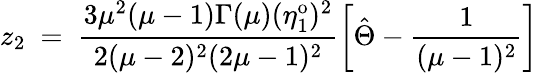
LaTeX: z_{2}~=~\frac{3\mu^{2}(\mu-1)\Gamma(\mu)(\eta_{1}^{\mathrm{o}})^{2}}{2(\mu-2)^{2}(2\mu-1)^{2}}\left[\hat{\Theta}-\frac{1}{(\mu-1)^{2}}\right]